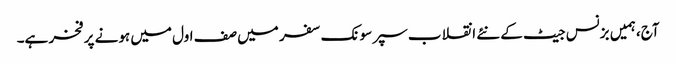
آج، ہمیں بزنس جیٹ کے نئے انقلاب سپر سونک سفر میں صف اول میں ہونے پر فخر ہے۔